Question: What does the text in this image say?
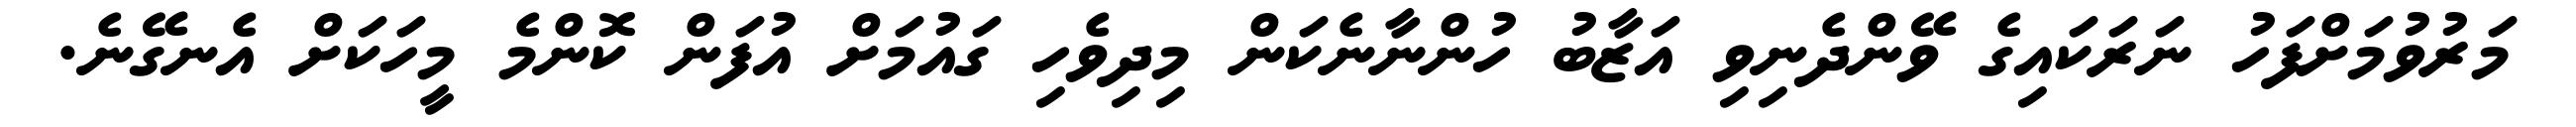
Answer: މަރުވުމަށްފަހު ނަރަކައިގެ ވޭންދެނިވި އަޒާބު ހުންނާނެކަން މިދިވެހި ގައުމަށް އުފަން ކޮންމެ މީހަކަށް އެނގޭނެ.